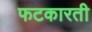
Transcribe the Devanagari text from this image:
फटकारती